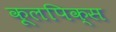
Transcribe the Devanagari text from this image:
कूलपिक्स